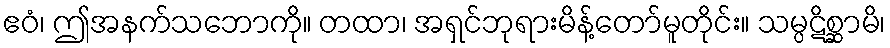
ဧဝံ၊ ဤအနက်သဘောကို။ တထာ၊ အရှင်ဘုရားမိန့်တော်မူတိုင်း။ သမ္ပဋိစ္ဆာမိ၊